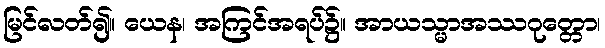
မြင်လတ်၍။ ယေန၊ အကြင်အရပ်၌။ အာယသ္မာအဿဂုတ္တော၊